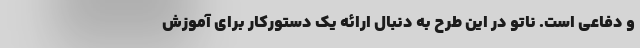
و دفاعی است. ناتو در این طرح به دنبال ارائه یک دستورکار برای آموزش